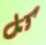
كل